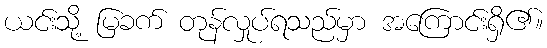
ယင်းသို့ မြခက် တုန်လှုပ်ရသည်မှာ အကြောင်းရှိ၏။